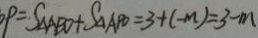
p = S _ { \Delta A B D } + S _ { \Delta A P D } = 3 + ( - m ) = 3 - m